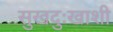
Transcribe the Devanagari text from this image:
सुखदुःखाशी